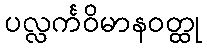
ပလ္လင်္ကဝိမာနဝတ္ထု